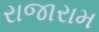
રાજારામ